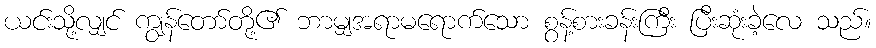
ယင်းသို့လျှင် ကျွန်တော်တို့၏ ဘာမျှအရာမရောက်သော စွန့်စားခန်းကြီး ပြီးဆုံးခဲ့လေ သည်။